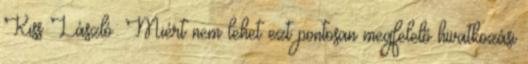
Kiss László: Miért nem lehet ezt pontosan megfelelő hivatkozási